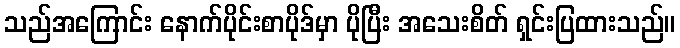
သည်အကြောင်း နောက်ပိုင်းစာပိုဒ်မှာ ပိုပြီး အသေးစိတ် ရှင်းပြထားသည်။